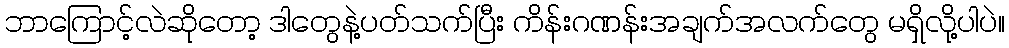
ဘာကြောင့်လဲဆိုတော့ ဒါတွေနဲ့ပတ်သက်ပြီး ကိန်းဂဏန်းအချက်အလက်တွေ မရှိလို့ပါပဲ။